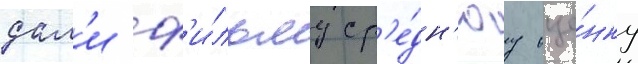
дал'и ф'и́льму ср'е́дн'юу оце́нку